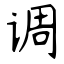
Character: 调